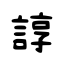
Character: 諄